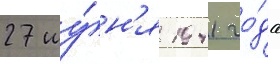
27 иу́н'я 1941 го́да